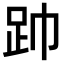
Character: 𮛆